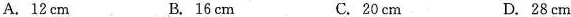
A.12cm B.16cm C.20cm D.28cm